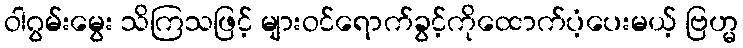
ဝါဂွမ်းမွေး သိကြသဖြင့် များဝင်ရောက်ခွင့်ကိုထောက်ပံ့ပေးမယ့် ဗြဟ္မ